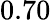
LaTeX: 0.70